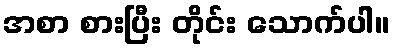
အစာ စားပြီး တိုင်း သောက်ပါ။